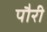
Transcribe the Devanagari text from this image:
पौरी